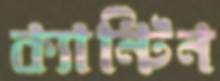
ক্যান্টিন